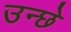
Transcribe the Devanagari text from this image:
उन्छे